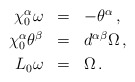
\begin{align*} \renewcommand{\arraystretch}{1.2} \begin{array}{rcl} \chi^\alpha_0 \omega &=& -\theta^\alpha\,, \\ \chi^\alpha_0 \theta^\beta &=& d^{\alpha\beta} \Omega\,, \\ L_0 \omega &=& \Omega\,. \end{array}\end{align*}